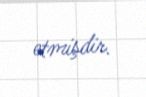
etmişdir.